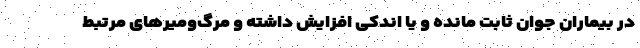
در بیماران جوان ثابت مانده و یا اندکی افزایش داشته و مرگ‌ومیرهای مرتبط